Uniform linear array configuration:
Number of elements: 32
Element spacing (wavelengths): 0.75
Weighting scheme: cosine
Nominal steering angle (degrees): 45
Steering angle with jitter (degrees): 45.791
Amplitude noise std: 0.05
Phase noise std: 0.05

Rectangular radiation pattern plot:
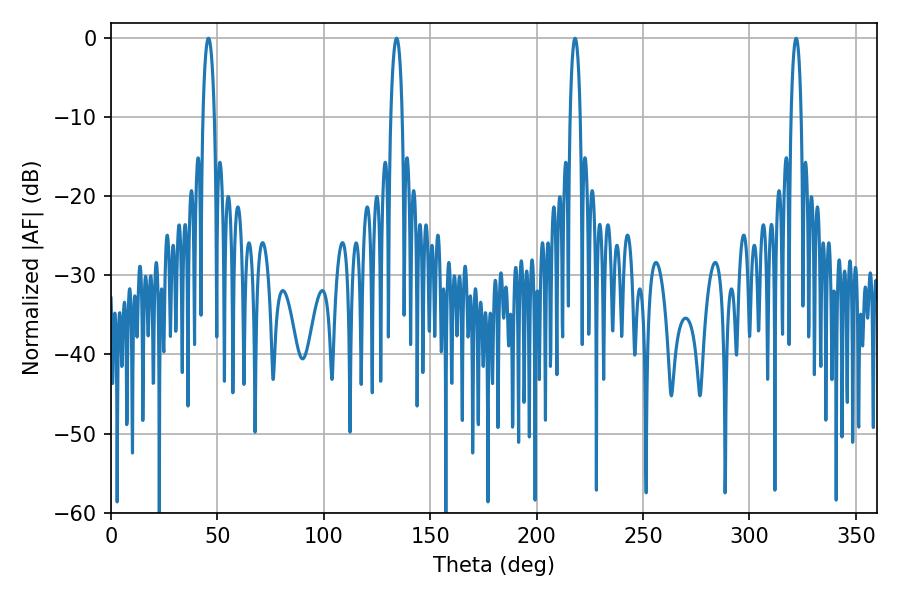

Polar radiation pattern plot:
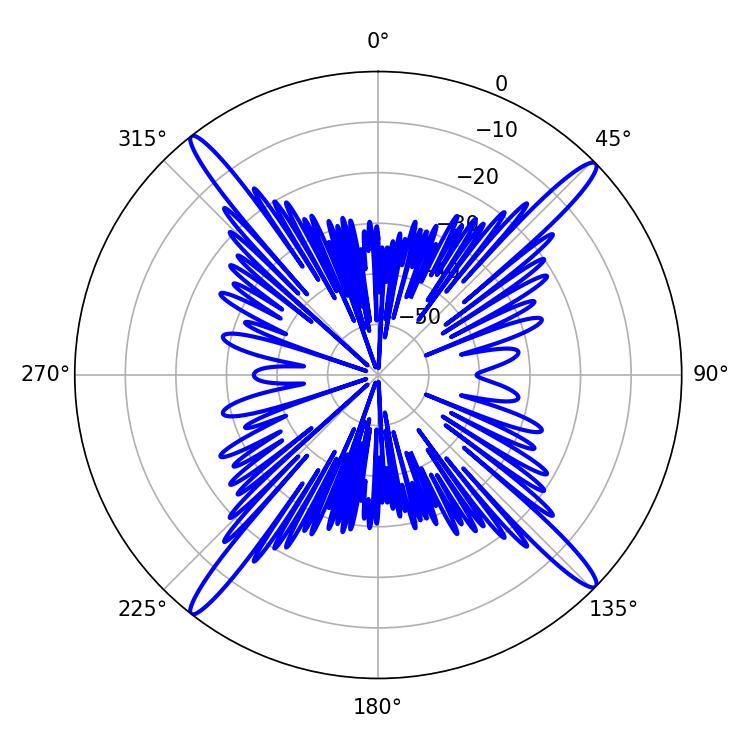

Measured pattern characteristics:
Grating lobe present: TRUE
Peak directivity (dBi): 19.916
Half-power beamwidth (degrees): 3.06
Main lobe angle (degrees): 45.72